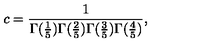
c = \frac { 1 } { \Gamma ( \frac { 1 } { 5 } ) \Gamma ( \frac { 2 } { 5 } ) \Gamma ( \frac { 3 } { 5 } ) \Gamma ( \frac { 4 } { 5 } ) } ,